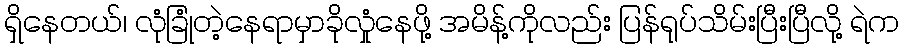
ရှိနေတယ်၊ လုံခြုံတဲ့နေရာမှာခိုလှုံနေဖို့ အမိန့်ကိုလည်း ပြန်ရုပ်သိမ်းပြီးပြီလို့ ရဲက